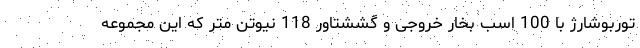
توربوشارژ با 100 اسب بخار خروجی و گششتاور 118 نیوتن متر که این مجموعه